Peeter_Aleksander_Speek, lk 11
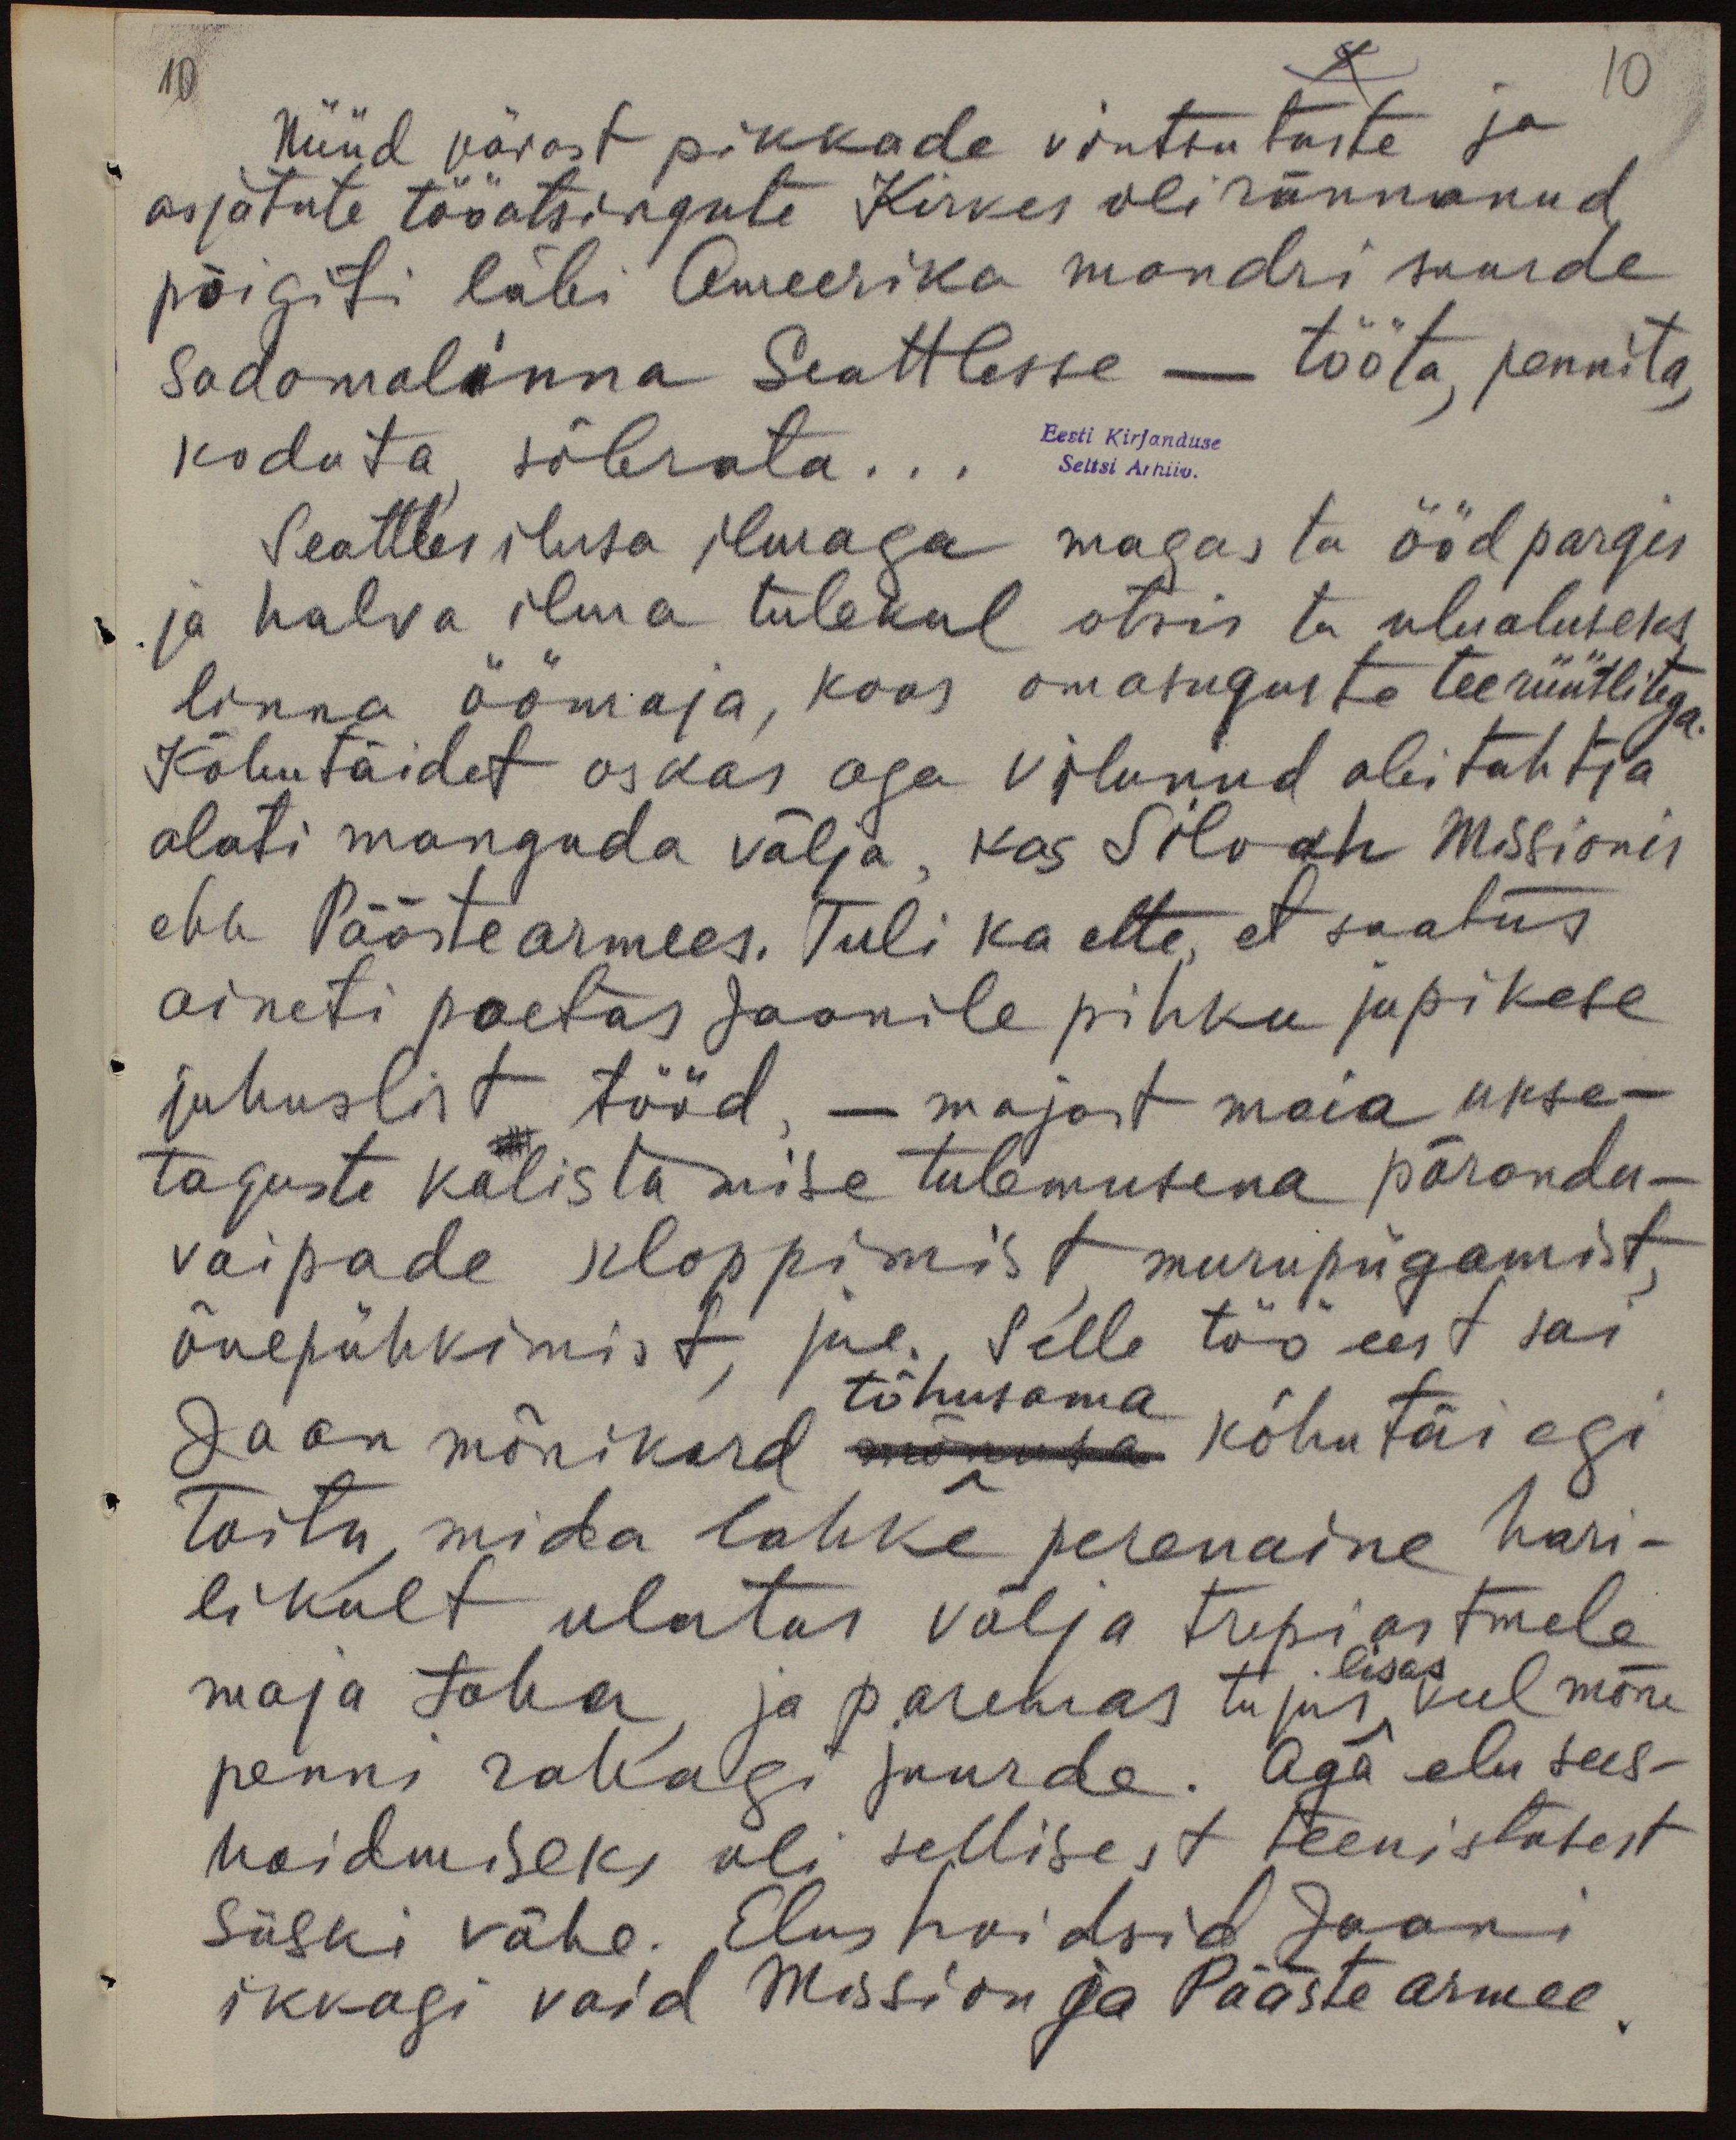
10

10
Nüüd pärast pikkade vintsutuste ja
asjatute tööotsingute Kirves oli rännanud
põigiti läbi Ameerika mandri suurde
sadamalinna Seattlesse - tööta, pennita,
koduta, sõbrata...
Eesti Kirjanduse
Seltsi Arhiiv
Seattles ilusa ilmaga magas ta ööd pargis
ja halva ilma tulekul otsis ta ulualuseks
linna öömaja, koos omasuguste teerüütlitega.
Kõhutäidet oskas aga vilunud abitahtja
alati manguda välja, kas Silvah Missionis
ehk Päästearmees. Tuli ka ette, et saatus
ainiti poetas Jaanile pihku jupikese
juhuslist tööd, - majast maia ukse-
taguste kolistamise tulemusena põranda-
vaipade kloppimist, muru pügamist,
õuepühkimist, jne. Selle töö eest sai
Jaan mõnikord tõhusama kõhutäiegi
toitu, mida lahke perenaine hari-
likult ulatas välja trepiestmele
maja taha, ja paremas tujus, lisas veel mõne
penni rahagi juurde. Aga elu sees-
hoidmiseks oli sellisest teenistusest
siiski vähe. Elus hoidsid Jaani
ikkagi vaid Mission ja Pääste armee.